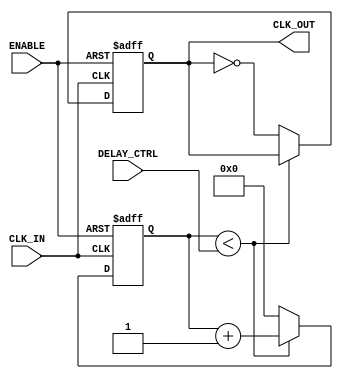
module DelayClockBuffer #(
    parameter DELAY_WIDTH = 4, // Number of bits for delay control
    parameter DELAY_MAX = 15   // Maximum delay value
)(
    input wire CLK_IN,          // Input clock signal
    input wire ENABLE,          // Enable signal
    input wire [DELAY_WIDTH-1:0] DELAY_CTRL, // Delay control signal
    output reg CLK_OUT          // Output delayed clock signal
);

    // Internal signal for clock delay
    reg [DELAY_MAX:0] delay_counter;

    // Clock generation with delay
    always @(posedge CLK_IN or negedge ENABLE) begin
        if (!ENABLE) begin
            // If not enabled, output clock is low
            CLK_OUT <= 1'b0;
            delay_counter <= 0;
        end else begin
            // If enabled, introduce the delay
            if (delay_counter < DELAY_CTRL) begin
                delay_counter <= delay_counter + 1;
                CLK_OUT <= CLK_OUT; // Hold current state
            end else begin
                // Generate the delayed clock output
                CLK_OUT <= ~CLK_OUT; // Toggle output clock
                delay_counter <= 0;  // Reset counter after toggling
            end
        end
    end

endmodule